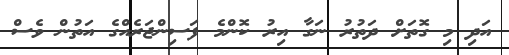
އަދި މި ގޮތަށް ދަތުރު ނަގާ އިރު ކޮންމެ ފަސިންޖަރެއްގެ އަތުން ވެސް